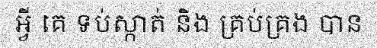
អ្វី គេ ទប់ស្កាត់ និង គ្រប់គ្រង បាន